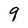
Character: 9